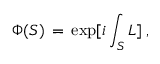
\Phi ( S ) \, = \, \exp [ i \int _ { S } L ] \; ,